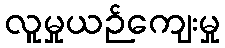
လူမှုယဉ်ကျေးမှု